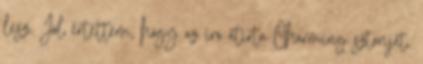
lesz. Jól értettem, hogy az író átírta Charming sztoriját,